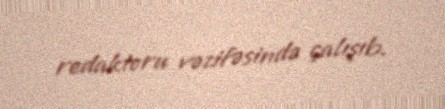
redaktoru vəzifəsində çalışıb.